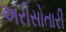
અરીસોતારી